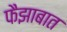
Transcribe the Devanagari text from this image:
फैझाबात